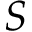
S